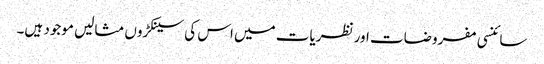
سائنسی مفروضات اور نظریات میں اس کی سینکڑوں مثالیں موجود ہیں۔